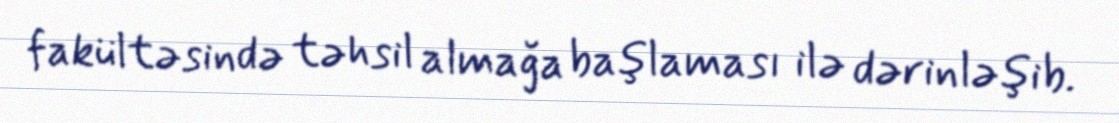
fakültəsində təhsil almağa başlaması ilə dərinləşib.